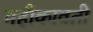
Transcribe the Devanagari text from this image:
महीकावती